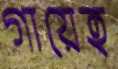
গায়েহ